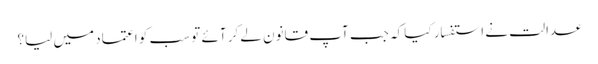
عدالت نے استفسار کیا کہ جب آپ قانون لے کر آئے تو سب کو اعتماد میں لیا؟